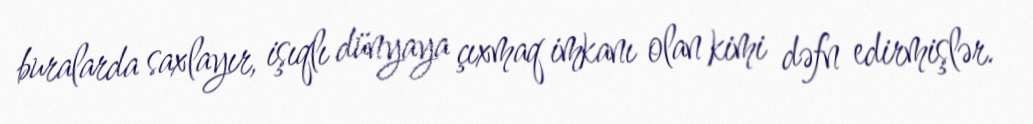
buralarda saxlayır, işıqlı dünyaya çıxmaq imkanı olan kimi dəfn edirmişlər.